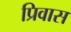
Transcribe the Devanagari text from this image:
प्रिवास